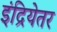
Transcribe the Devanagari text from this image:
इंद्रियेतर